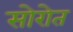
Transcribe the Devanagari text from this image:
सोरोत